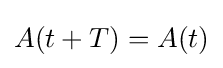
A(t+T)=A(t)